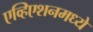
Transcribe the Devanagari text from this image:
एव्हिएशनमध्ये